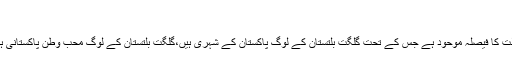
،
عدالت کا فیصلہ موحود ہے جس کے تحت گلگت بلتستان کے لوگ پاکستان کے شہری ہیں،گلگت بلتستان کے لوگ محب وطن پاکستانی ہیں ۔